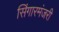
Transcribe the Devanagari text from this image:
सिंगारमंजरी